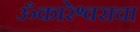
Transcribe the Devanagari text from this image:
ॐकारेश्वराचा